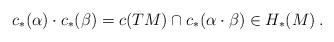
LaTeX: \begin{align*} c_*(\alpha) \cdot c_*(\beta) = c(TM)\cap c_*(\alpha \cdot \beta) \in H_*(M)\:. \end{align*}